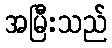
အမြီးသည်